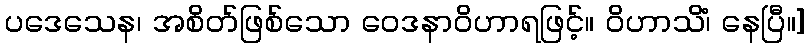
ပဒေသေန၊ အစိတ်ဖြစ်သော ဝေဒနာဝိဟာရဖြင့်။ ဝိဟာသိံ၊ နေပြီ။]